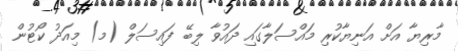
މާރިޔާ އަށް އަނިޔާކުރި މައްސަލާގައި ދައުވާ ލިބޭ ފައިސަލް (މ) މިއަދު ކޯޓުން